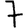
Digit: 7